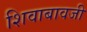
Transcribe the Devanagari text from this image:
शिवाबावजी